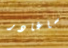
ساغادر